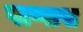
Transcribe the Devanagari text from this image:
पाप्पास